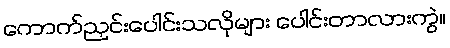
ကောက်ညှင်းပေါင်းသလိုများ ပေါင်းတာလားကွဲ။